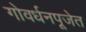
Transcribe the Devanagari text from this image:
गोवर्धनपूजेत